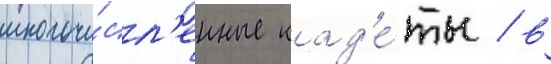
многочи́сл'енные кад'е́ты / в